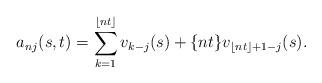
LaTeX: \begin{align*} a_{nj}(s,t)=\sum_{k=1}^{\lfloor nt \rfloor} v_{k-j}(s) + \{nt\} v_{\lfloor nt \rfloor +1-j}(s).\end{align*}